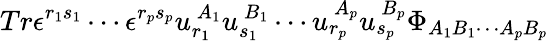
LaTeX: Tr\epsilon^{r_{1}s_{1}}\cdots\epsilon^{r_{p}s_{p}}u_{r_{1}}^{\ A_{1}}u_{s_{1}}^{\ B_{1}}\cdots u_{r_{p}}^{\ A_{p}}u_{s_{p}}^{\ B_{p}}\Phi_{A_{1}B_{1}\cdots A_{p}B_{p}}